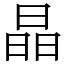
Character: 晶